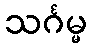
သင်္ဂမ္မ